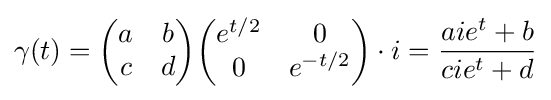
\gamma (t)={\begin{pmatrix}a&b\\c&d\\\end{pmatrix}}{\begin{pmatrix}e^{t/2}&0\\0&e^{-t/2}\\\end{pmatrix}}\cdot i={\frac {aie^{t}+b}{cie^{t}+d}}